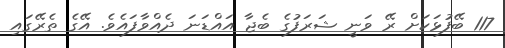
117 ބޭފުޅަކަށް ރޭ ވަނީ ޝަރަފުގެ ބެޖާ އައްޑަނަ ދެއްވާފައެވެ. އޭގެ ތެރޭގައި